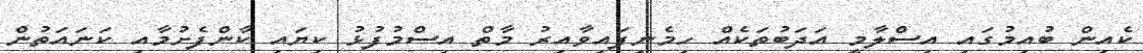
ކެއިން ބުއިމުގައި އިސްލާމީ އަދަބުތަކެއް ހިމެނިފައިވާއިރު މާތް އިސްމުފުޅު ކިޔައި ކާންފެށުމާއި ކަނައަތުން